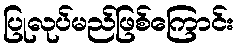
ပြုလုပ်မည်ဖြစ်ကြောင်း